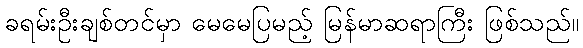
ခရမ်းဦးချစ်တင်မှာ မေမေပြမည့် မြန်မာဆရာကြီး ဖြစ်သည်။